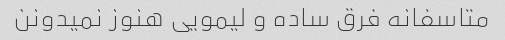
متاسفانه فرق ساده و لیمویی هنوز نمیدونن